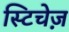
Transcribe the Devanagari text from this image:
स्टिचेज़